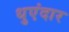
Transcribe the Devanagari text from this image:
धुएंदार